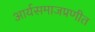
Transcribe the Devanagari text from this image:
आर्यसमाजप्रणीत